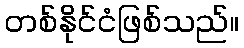
တစ်နိုင်ငံဖြစ်သည်။